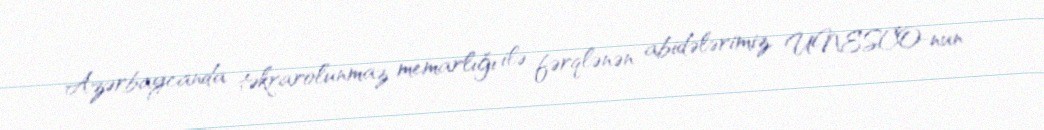
Azərbaycanda təkrarolunmaz memarlığı ilə fərqlənən abidələrimiz, UNESCO-nun